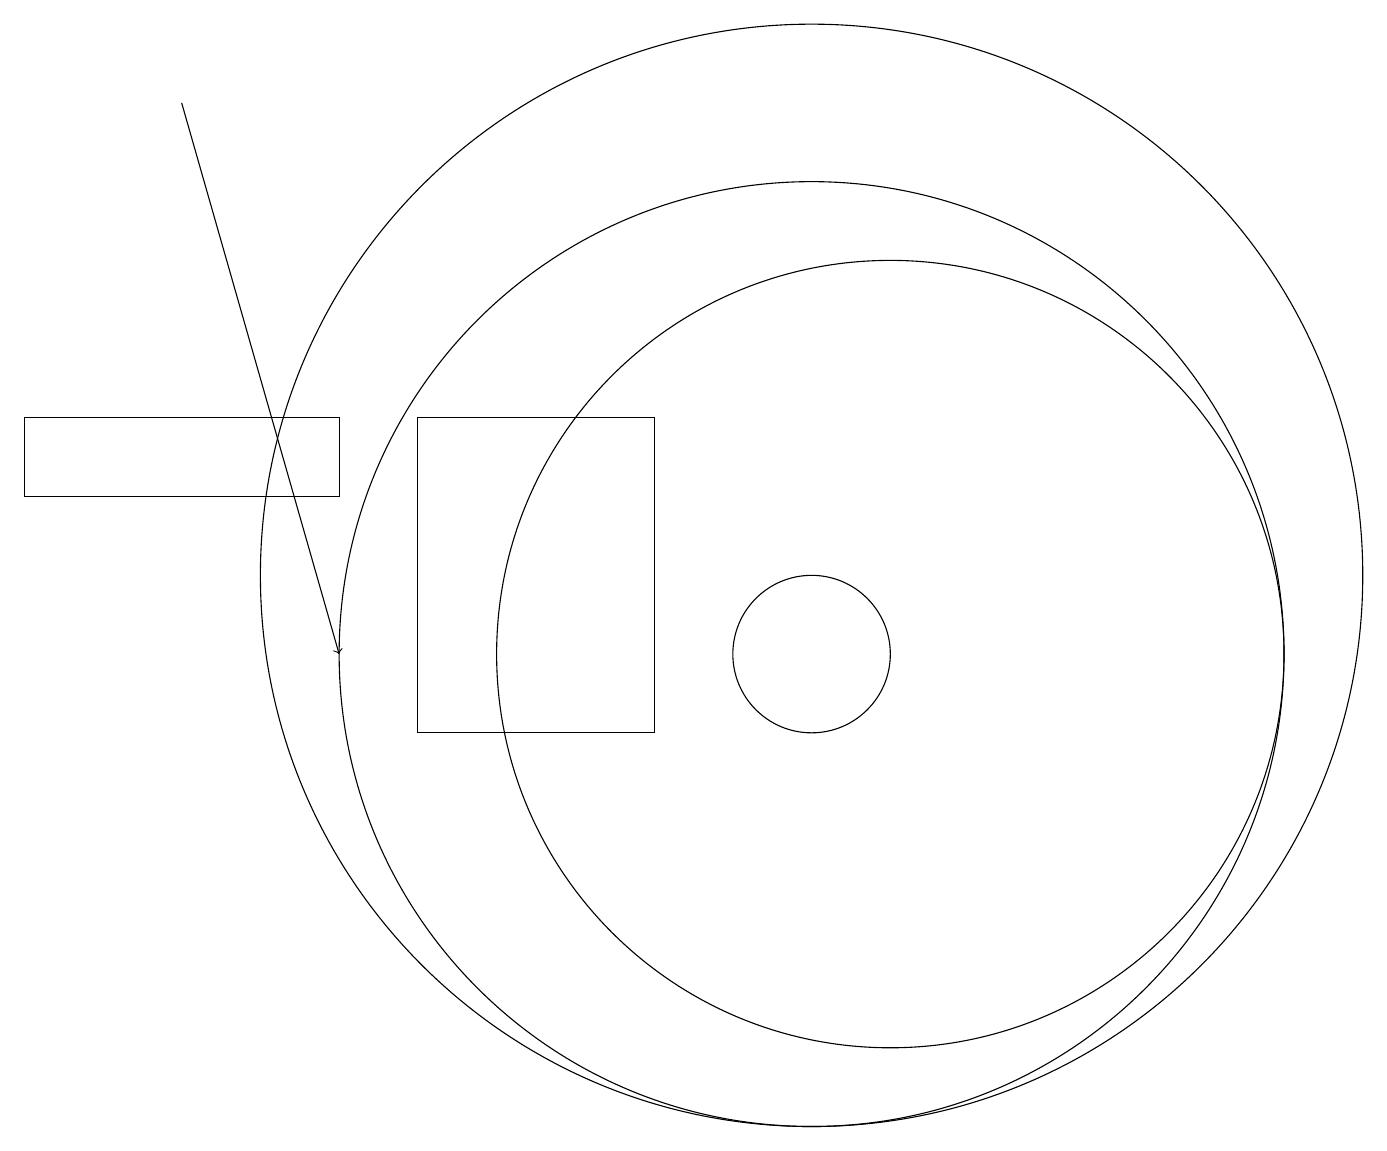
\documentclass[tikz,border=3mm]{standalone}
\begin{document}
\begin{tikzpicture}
\draw (10,11) circle (1);
\draw (10,11) circle (6);
\draw (0,14) rectangle (4,13);
\draw (11,11) circle (5);
\draw[->] (2,18) -- (4,11);
\draw (5,10) rectangle (8,14);
\draw (10,12) circle (7);
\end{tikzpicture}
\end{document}